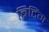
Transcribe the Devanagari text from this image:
बिटिंग